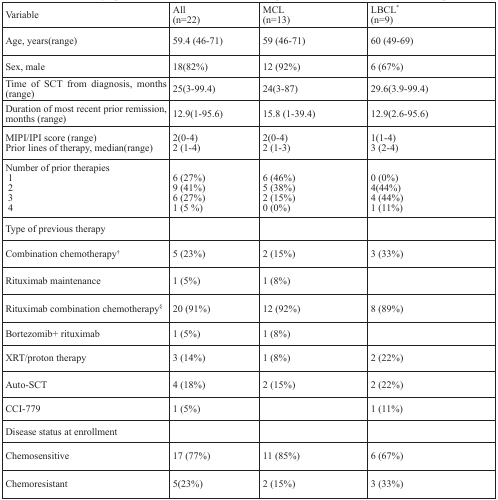
| Variable | All(n=22) | MCL(n=13) | LBCL*(n=9) |
 | --- | --- | --- | --- |
 | Age, years(range) | 59.4 (46-71) | 59 (46-71) | 60 (49-69) |
 | Sex, male | 18(82%) | 12 (92%) | 6 (67%) |
 | Time of SCT from diagnosis, months (range) | 25(3-99.4) | 24(3-87) | 29.6(3.9-99.4) |
 | Duration of most recent prior remission, months (range) | 12.9(1-95.6) | 15.8 (1-39.4) | 12.9(2.6-95.6) |
 | MIPI/IPI score (range)Prior lines of therapy, median(range) | 2(0-4)2 (1-4) | 2(0-4)2 (1-3) | 1(1-4)3 (2-4) |
 | Number of prior therapies1234 | 6 (27%)9 (41%)6 (27%)1 (5 %) | 6 (46%)5 (38%)2 (15%)0 (0%) | 0 (0%)4(44%)4 (44%)1 (11%) |
 | Type of previous therapy |  |  |  |
 | Combination chemotherapy† | 5 (23%) | 2 (15%) | 3 (33%) |
 | Rituximab maintenance | 1 (5%) | 1 (8%) |  |
 | Rituximab combination chemotherapy§ | 20 (91%) | 12 (92%) | 8 (89%) |
 | Bortezomib+ rituximab | 1 (5%) | 1 (8%) |  |
 | XRT/proton therapy | 3 (14%) | 1 (8%) | 2 (22%) |
 | Auto-SCT | 4 (18%) | 2 (15%) | 2 (22%) |
 | CCI-779 | 1 (5%) |  | 1 (11%) |
 | Disease status at enrollment |  |  |  |
 | Chemosensitive | 17 (77%) | 11 (85%) | 6 (67%) |
 | Chemoresistant | 5(23%) | 2 (15%) | 3 (33%) |